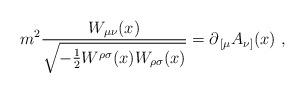
LaTeX: \begin{align*}m^2{W_{\mu\nu}(x)\over\sqrt{-{1\over2}W^{\rho\sigma}(x)W_{\rho\sigma}(x)}}=\partial_{\,[\mu} A_{\nu]}(x)\ ,\end{align*}